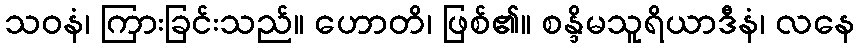
သဝနံ၊ ကြားခြင်းသည်။ ဟောတိ၊ ဖြစ်၏။ စန္ဒိမသူရိယာဒီနံ၊ လနေ